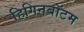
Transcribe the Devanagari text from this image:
हिगिनबॉटम